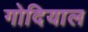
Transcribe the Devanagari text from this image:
गोदियाल